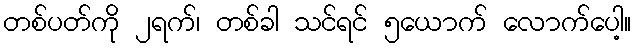
တစ်ပတ်ကို ၂ရက်၊ တစ်ခါ သင်ရင် ၅ယောက် လောက်ပေါ့။